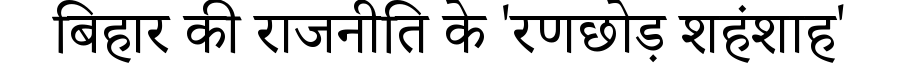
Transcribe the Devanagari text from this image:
बिहार की राजनीति के 'रणछोड़ शहंशाह'